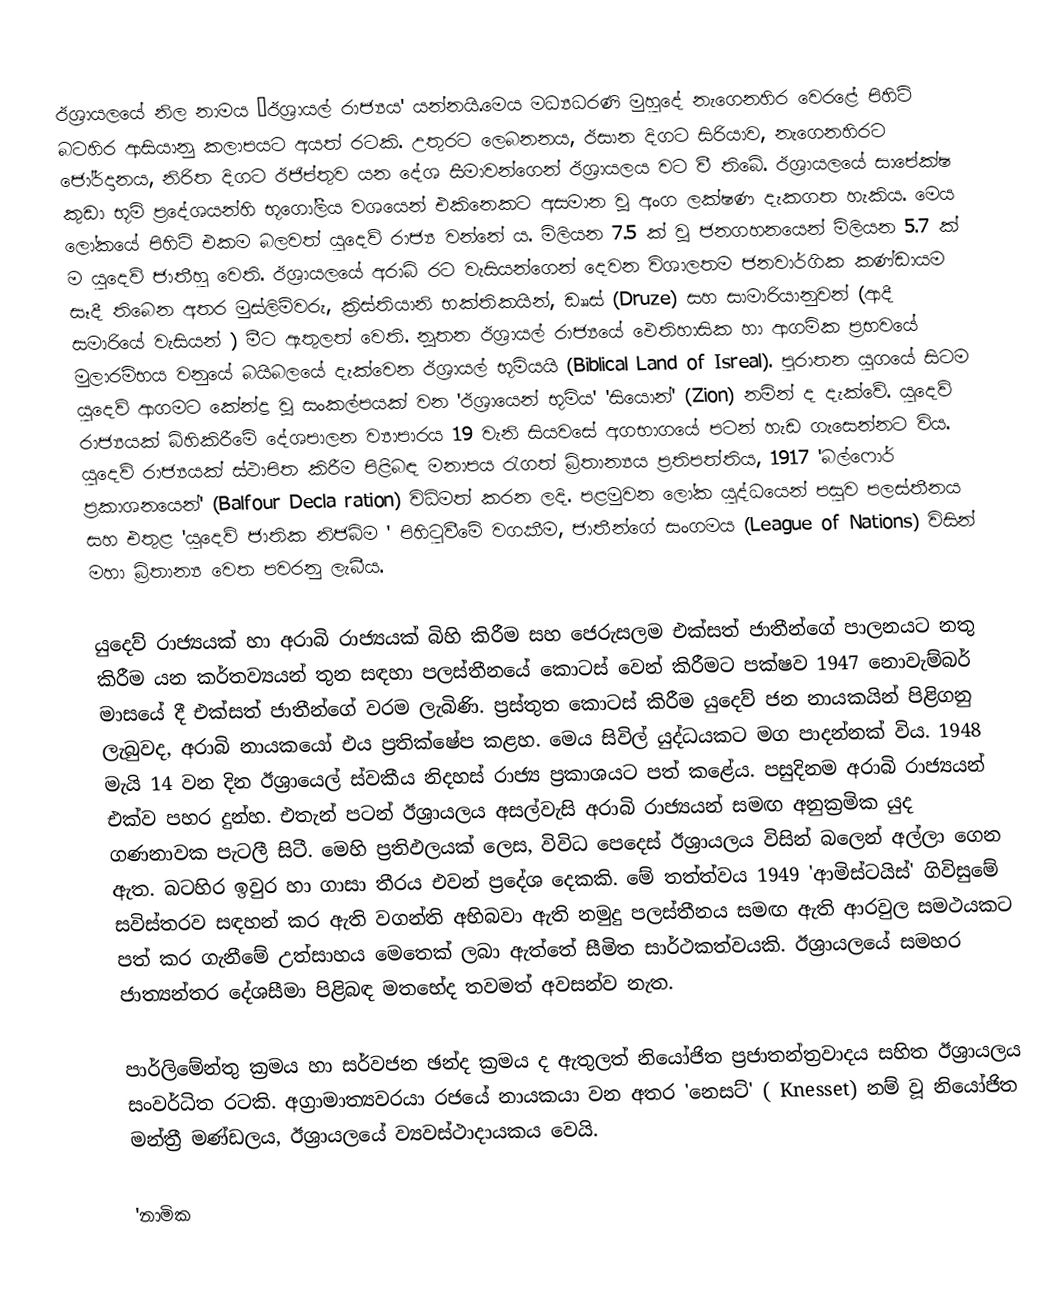
ඊශ්‍රායලයේ නිල නාමය ‘ඊශ්‍රායල් රාජ්‍යය' යන්නයි.මෙය මධ්‍යධරණි මුහුදේ නැගෙනහිර වෙරළේ පිහිටි බටහිර ආසියානු කලාපයට අයත් රටකි. උතුරට ලෙබනනය, ඊසාන දිගට සිරියාව, නැගෙනහිරට ජෝර්දානය, නිරිත දිගට ඊජිප්තුව යන දේශ සීමාවන්ගෙන් ඊශ්‍රායලය වට වී තිබේ. ඊශ්‍රායලයේ සාපේක්ෂ කුඩා භූමි ප්‍රදේශයන්හි භූගෝලීය වශයෙන් එකිනෙකට අසමාන වූ අංග ලක්ෂණ දැකගත හැකිය. මෙය ලෝකයේ පිහිටි එකම බලවත් යුදෙව් රාජ්‍ය වන්නේ ය. මිලියන 7.5 ක් වූ ජනගහනයෙන් මිලියන 5.7 ක් ම යුදෙව් ජාතීහු වෙති. ඊශ්‍රායලයේ අරාබි රට වැසියන්ගෙන්  දෙවන විශාලතම ජනවාර්ගික කණ්ඩායම සෑදී තිබෙන අතර මුස්ලිම්වරු, ක්‍රිස්තියානි භක්තිකයින්, ඩෲස් (Druze) සහ සාමාරියානුවන් (ආදී සමාරියේ වැසියන් ) මීට ඇතුලත් වෙති. නූතන ඊශ්‍රායල් රාජ්‍යයේ ඵෙතිහාසික හා ආගමික ප්‍රභවයේ මුලාරම්භය වනුයේ බයිබලයේ දැක්වෙන ඊශ්‍රායල් භූමියයි (Biblical Land of Isreal). පුරාතන යුග‍යේ සිටම යුදෙව් ආගමට  කේන්ද්‍ර වූ සංකල්පයක් වන 'ඊශ්‍රායෙන් භූමිය'  'සියොන්' (Zion) නමින් ද දැක්වේ. යුදෙව් රාජ්‍යයක් බිහිකිරීමේ දේශපාලන ව්‍යාපාරය 19 වැනි සියවසේ අගභාගයේ  පටන් හැඩ ගැසෙන්නට විය. යුදෙව් රාජ්‍යයක් ස්ථාපිත කිරීම පිළිබඳ මනාපය රැගත් බ්‍රිතාන්‍යය ප්‍රතිපත්තිය, 1917 'බල්ෆොර් ප්‍රකාශනයෙන්'    (Balfour Decla ration) විධිමත් කරන ලදි. පළමුවන ලෝක යුද්ධයෙන් පසුව පලස්තීනය සහ එතුළ 'යුදෙව් ජාතික නිජබිම ' පිහිටුවීමේ වගකීම, ජාතීන්ගේ සංගමය  (League of Nations)   විසින් මහා බ්‍රිතාන්‍ය වෙත පවරනු ලැබීය.

යුදෙව් රාජ්‍යයක් හා අරාබි රාජ්‍යයක් බිහි කිරීම  සහ ජෙරුසලම  එක්සත් ජාතීන්ගේ පාලනයට නතු කිරීම  යන කර්තව්‍යයන් තුන සඳහා  පලස්තීනයේ කොටස් වෙන් කිරීමට පක්ෂව 1947 නොවැම්බර් මාසයේ දී එක්සත් ජාතීන්ගේ වරම ලැබිණි. ප්‍රස්තුත කොටස් කිරීම  යුදෙව් ජන නායකයින් පිළිගනු ලැබුවද, අරාබි නායකයෝ එය ප්‍රතික්ෂේප කළහ. මෙය සිවිල් යුද්ධයකට මග පාදන්නක් විය. 1948 මැයි 14 වන දින ඊශ්‍රායෙල් ස්වකීය නිදහස් රාජ්‍ය ප්‍රකාශයට පත් කළේය. පසුදිනම අරාබි රාජ්‍යයන් එක්ව පහර දුන්හ. එතැන් පටන් ඊශ්‍රායලය අසල්වැසි අරාබි රාජ්‍යයන් සමඟ අනුක්‍රමික යුද ගණනාවක පැටලී සිටී. මෙහි ප්‍රතිඵලයක් ලෙස, විවිධ පෙදෙස් ඊශ්‍රායලය විසින් බලෙන් අල්ලා ගෙන ඇත. බටහිර ඉවුර හා ගාසා තීරය එවන් ප්‍රදේශ දෙකකි. මේ තත්ත්වය 1949 'ආමිස්ටයිස්' ගිවිසුමේ සවිස්තරව සඳහන් කර ඇති වගන්ති  අභිබවා ඇති නමුදු පලස්තීනය සමඟ ඇති ආරවුල සමථයකට පත් කර ගැනීමේ උත්සාහය මෙතෙක් ලබා ඇත්තේ සීමිත සාර්ථකත්වයකි. ඊශ්‍රායලයේ සමහර ජාත්‍යන්තර දේශසීමා පිළිබඳ මතභේද තවමත් අවසන්ව නැත.

පාර්ලිමේන්තු ක්‍රමය හා සර්වජන ඡන්ද ක්‍රමය ද ඇතුලත් නියෝජිත ප්‍රජාතන්ත්‍රවාදය සහිත ඊශ්‍රායලය සංවර්ධිත රටකි. අග්‍රාමාත්‍යවරයා රජයේ නායකයා වන අතර  'නෙසට්' ( Knesset) නම් වූ නියෝජිත මන්ත්‍රී මණ්ඩලය, ඊශ්‍රායල‍යේ ව්‍යවස්ථාදායකය වෙයි.

'නාමික